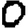
Digit: 0